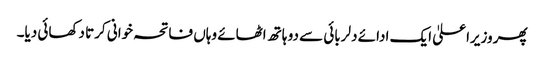
پھر وزیراعلیٰ ایک ادائے دلربائی سے دو ہاتھ اٹھائے وہاں فاتحہ خوانی کرتا دکھائی دیا۔